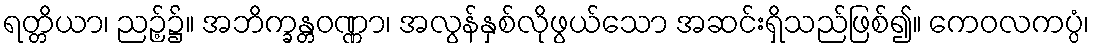
ရတ္တိယာ၊ ညဉ့်၌။ အဘိက္ခန္တဝဏ္ဏာ၊ အလွန်နှစ်လိုဖွယ်သော အဆင်းရှိသည်ဖြစ်၍။ ကေဝလကပ္ပံ၊